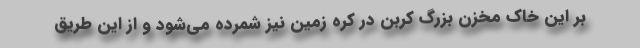
بر این خاک مخزن بزرگ کربن در کره زمین نیز شمرده می‌شود و از این طریق